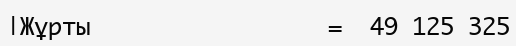
|Жұрты                 =  49 125 325